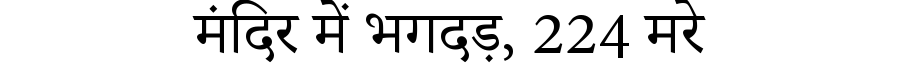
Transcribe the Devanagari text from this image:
मंदिर में भगदड़, 224 मरे